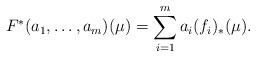
LaTeX: \begin{align*} F^*(a_1,\ldots,a_m)(\mu) = \sum_{i=1}^m a_i (f_i)_*(\mu).\end{align*}